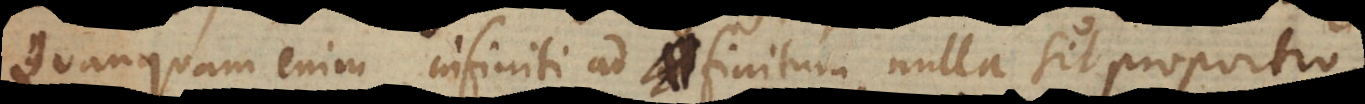
Quanquam enim infiniti ad finitum nulla sit proportio,